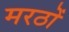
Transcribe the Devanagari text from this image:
मरठों